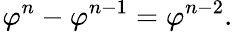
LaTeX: \! \ \varphi^{n}-\varphi^{n-1}=\varphi^{n-2}.